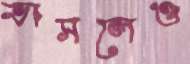
ভাসলেও